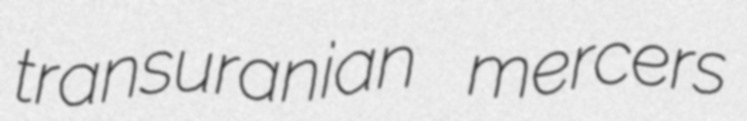
transuranian mercers